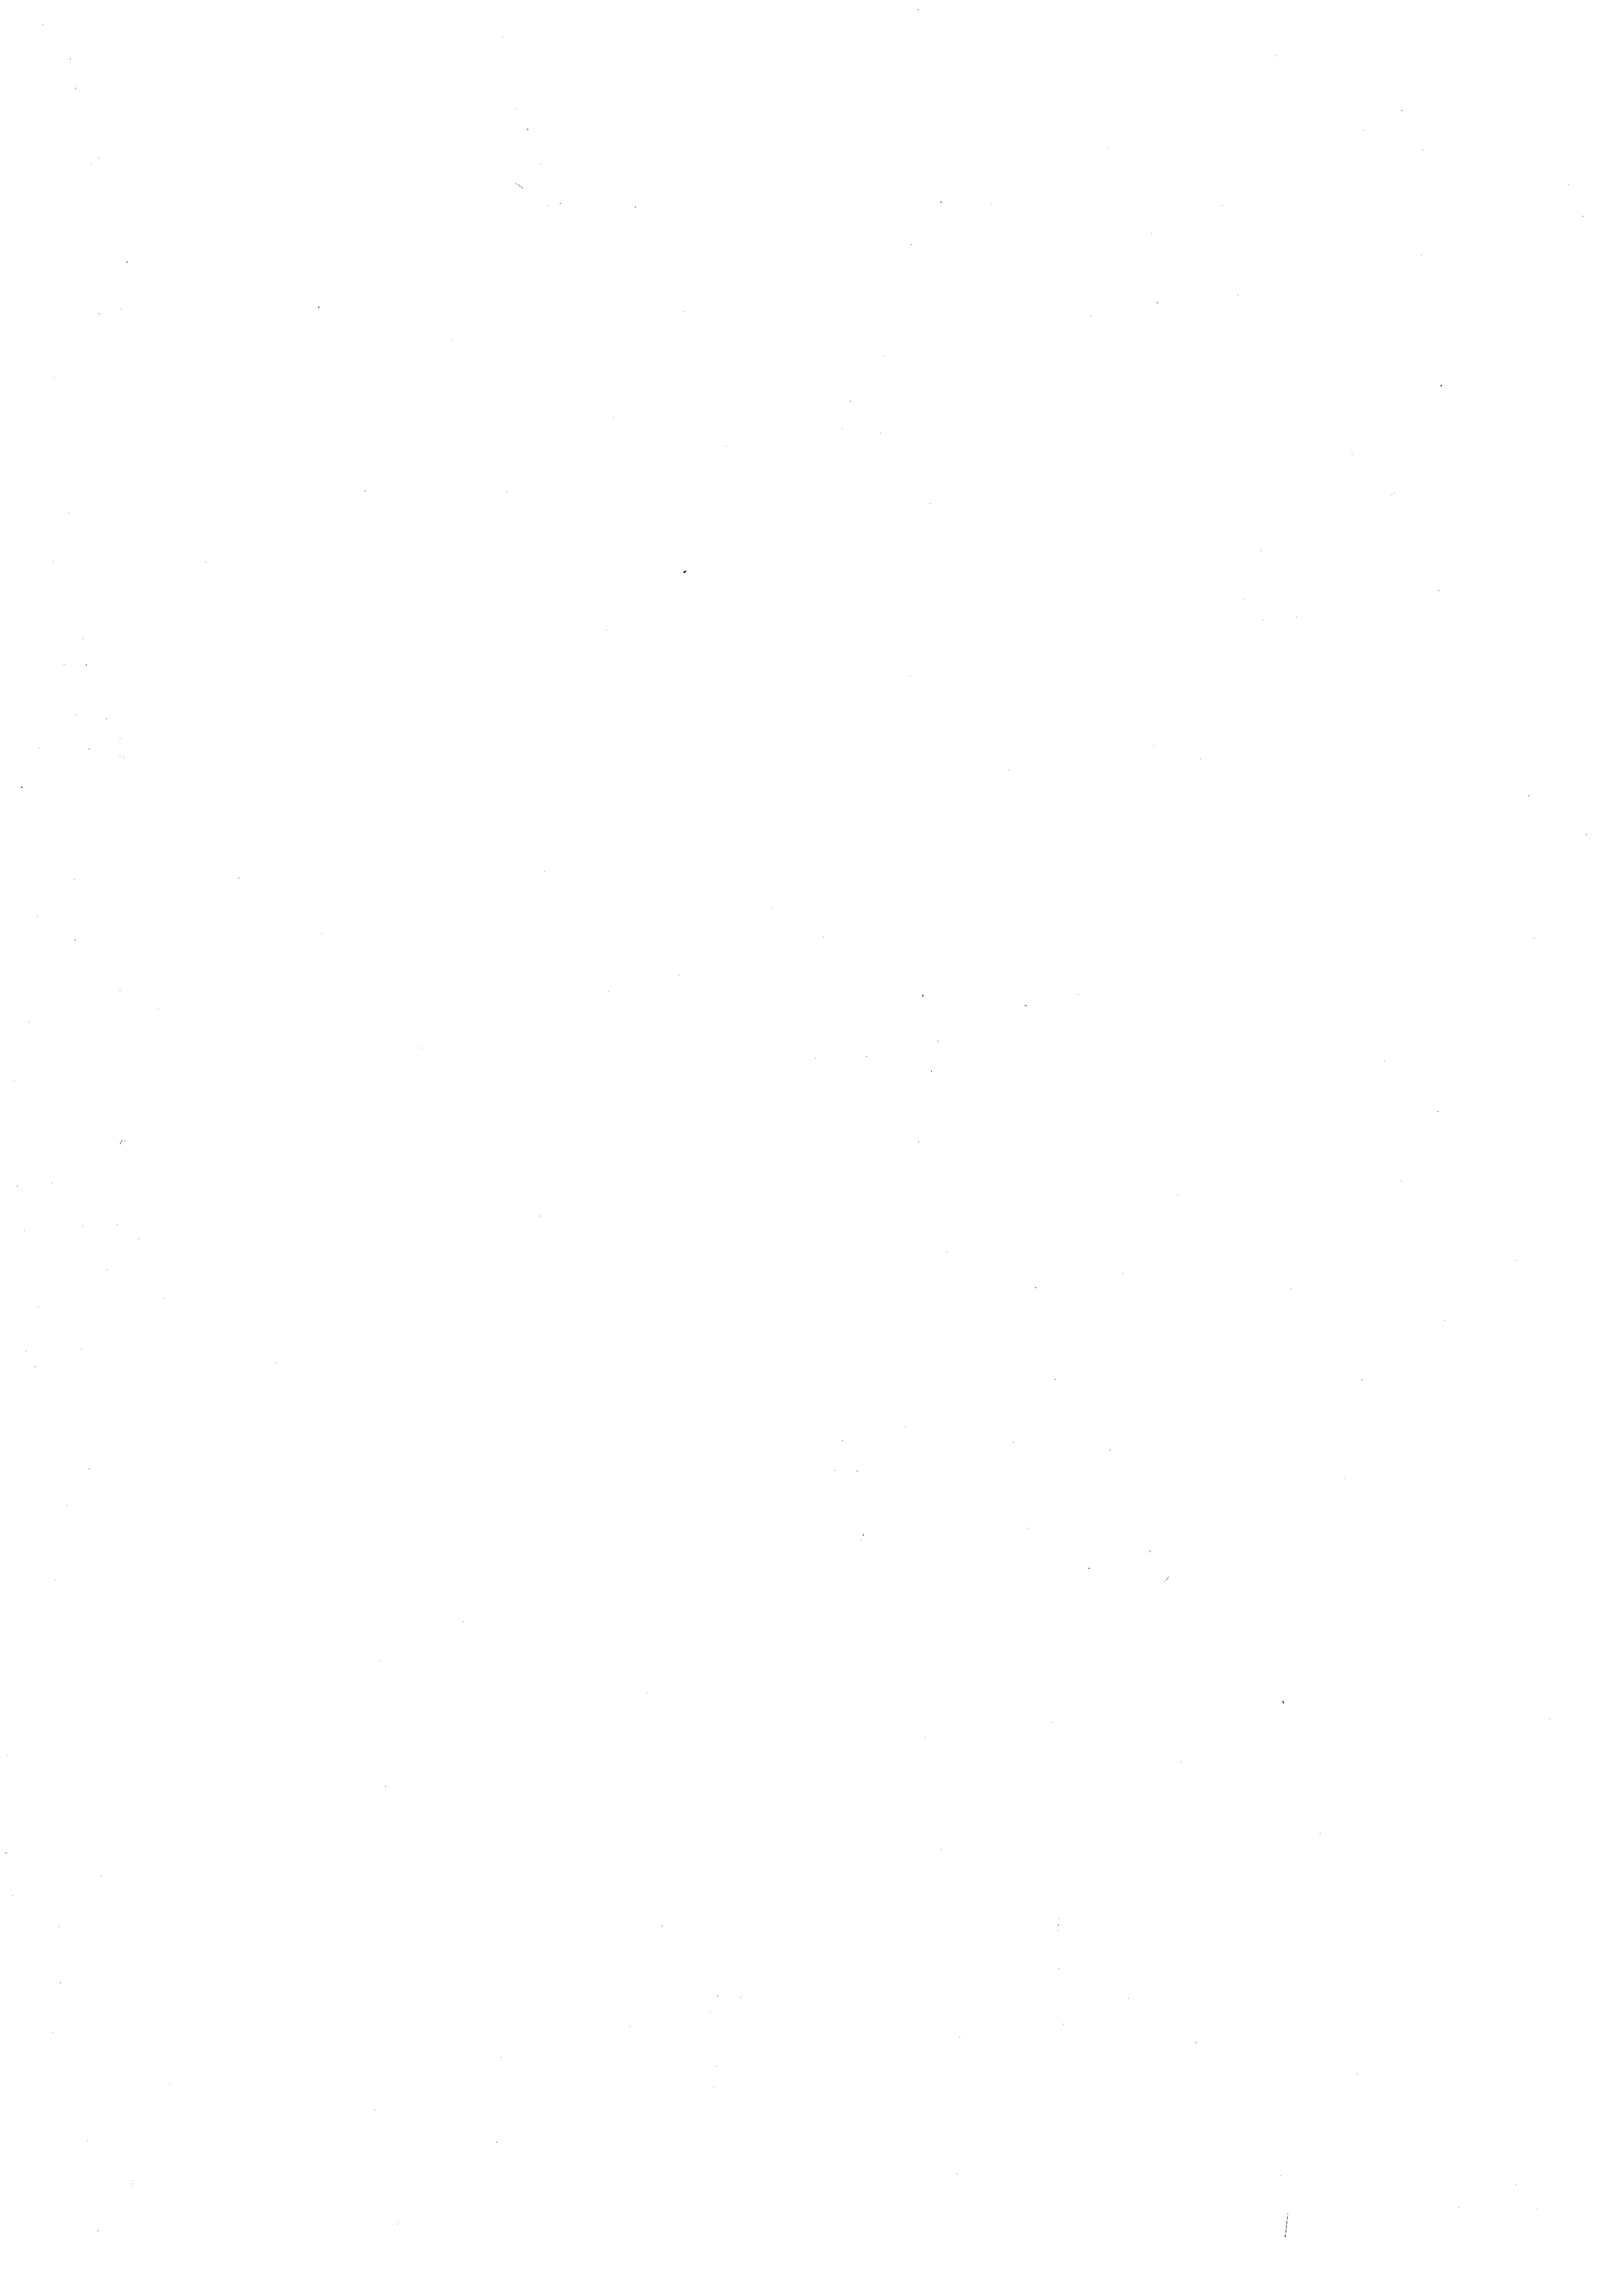
s

n

¬

e

n

e
e

.

2

e
¬

.

.
¬

.
¬

n

¬

e

e

¬
.

e

e
e
.
n
.
.
e
.
.

e

e
e
e
n
e

¬
e
.
¬
¬
d

e
e

e

0
e
¬
n
¬
|

e

e

e

n

2

e

e